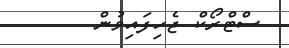
ސްޓްރޯކް ޖެހިފައިވުން